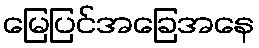
မြေပြင်အခြေအနေ